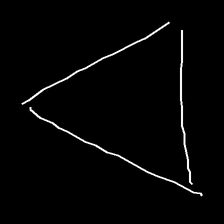
Glyph: convergence